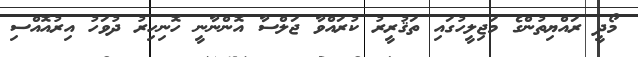
މޯދީ ރައްޔިތުންގެ މަޖިލީހުގައި ތަޤުރީރު ކުރައްވާ ޖަލްސާ އޮންނާނީ ހޮނިހިރު ދުވަހު އިރުއޮއްސި